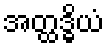
အတ္ထဒ္ဓိယံ